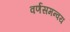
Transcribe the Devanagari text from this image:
वर्णसमन्वय